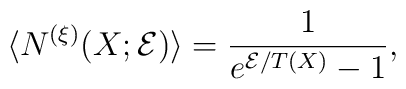
\langle N^{(\xi)} (X; {\cal E}) \rangle = \frac{1}{e^{{\cal E} / T (X)} - 1} ,